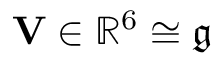
\mathbf { V } \in { \mathbb { R } } ^ { 6 } \cong \mathfrak { g }